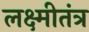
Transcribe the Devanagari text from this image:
लक्ष्मीतंत्र